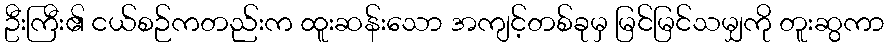
ဦးကြီး၏ ငယ်စဉ်ကတည်းက ထူးဆန်းသော အကျင့်တစ်ခုမှ မြင်မြင်သမျှကို တူးဆွကာ